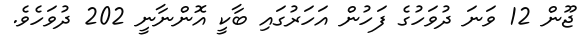
ޖޫން 12 ވަނަ ދުވަހުގެ ފަހުން އަހަރުގައި ބާކީ އޮންނާނީ 202 ދުވަހެވެ.